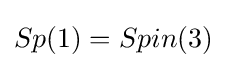
Sp(1)=Spin(3)